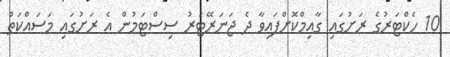
10 ހެކްޓަރުގެ ރަށުގައި ގާއިމްކޮށްފައިވާ ދެ ޖަނަރޭޓަރު ސިސްޓަމުން އެ ރަށުގައި މަސައްކަތް